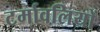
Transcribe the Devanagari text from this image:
टर्मावलियों